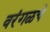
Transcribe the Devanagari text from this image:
वरंगळचे